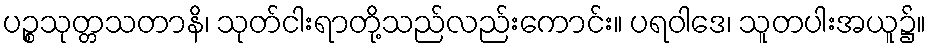
ပဉ္စသုတ္တသတာနိ၊ သုတ်ငါးရာတို့သည်လည်းကောင်း။ ပရဝါဒေ၊ သူတပါးအယူ၌။